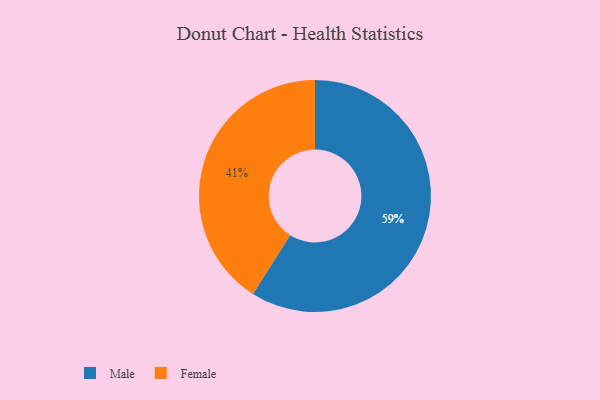
{"axis": {"x": "Category", "y": "Percentage"}, "legend": ["Female", "Male"], "data": [{"x": "Male", "y": 59, "type": "Male"}, {"x": "Female", "y": 41, "type": "Female"}]}